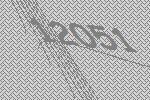
12051